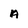
Character: A